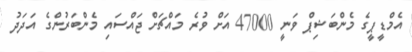
އެމްޑީޕީގެ މެންބަޝިޕް ވަނީ 47000 އަށް ވުރެ މައްޗަށް ޖައްސައި މެންބަރުންގެ އަދަދު